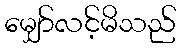
မျှော်လင့်မိသည်